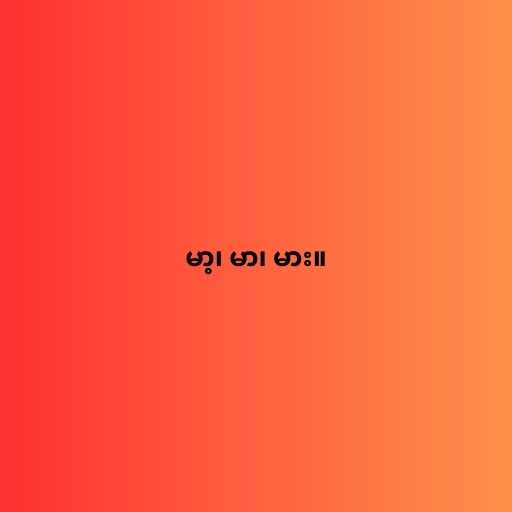
မာ့၊ မာ၊ မား။